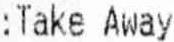
:TAKE AWAY